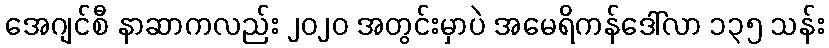
အေဂျင်စီ နာဆာကလည်း ၂၀၂၀ အတွင်းမှာပဲ အမေရိကန်ဒေါ်လာ ၁၃၅ သန်း